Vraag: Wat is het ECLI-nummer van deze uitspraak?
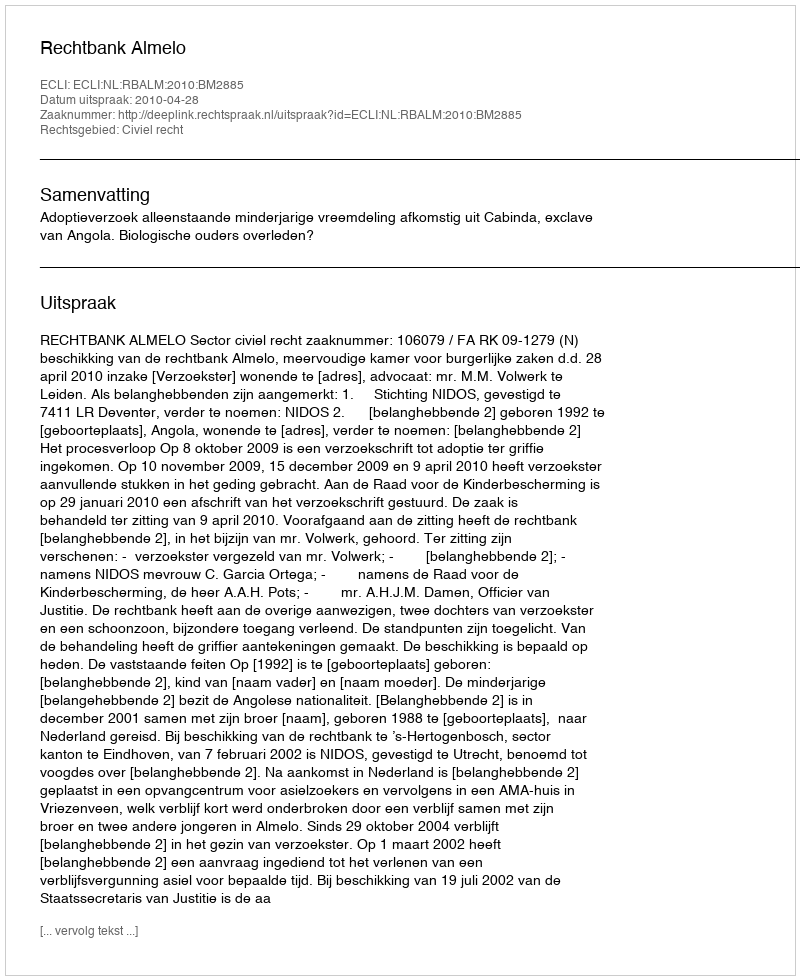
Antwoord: ECLI:NL:RBALM:2010:BM2885